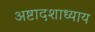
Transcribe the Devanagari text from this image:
अष्टादशाध्याय